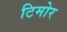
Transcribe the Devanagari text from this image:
टिमोर